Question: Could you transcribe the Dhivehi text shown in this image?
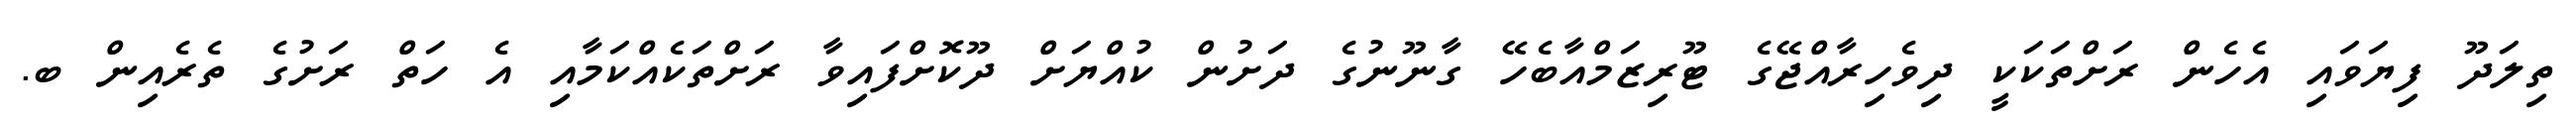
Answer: ތިލަދޫ ފިޔަވައި އެހެން ރަށްތަކަކީ ދިވެހިރާއްޖޭގެ ޓޫރިޒަމްއާބެހޭ ގާނޫނުގެ ދަށުން ކުއްޔަށް ދޫކޮށްފައިވާ ރަށްތަކެއްކަމާއި އެ ހަތް ރަށުގެ ތެރެއިން ބ.